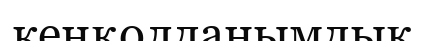
кеңқолданымдық